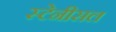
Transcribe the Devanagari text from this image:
स्टेनीसल